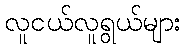
လူငယ်လူရွယ်များ